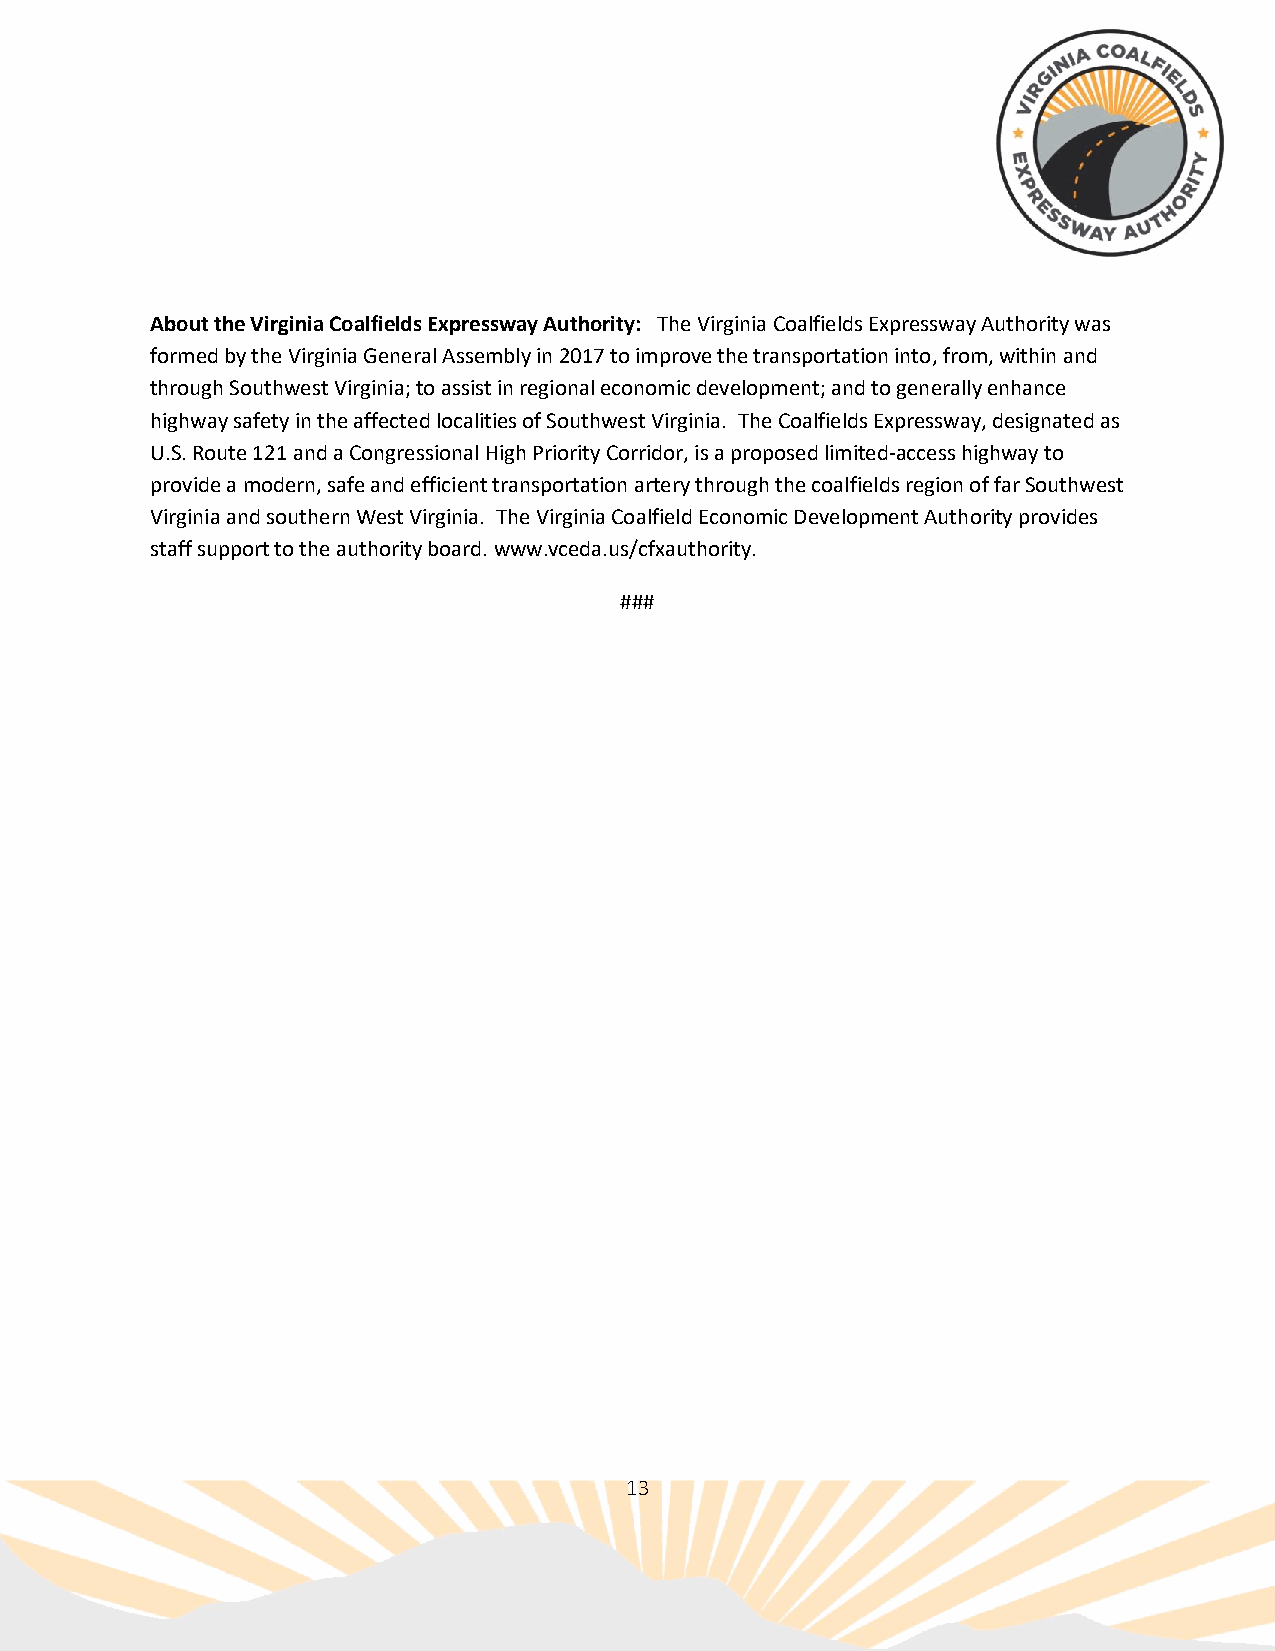
About the Virginia Coalfields Expressway Authority: The Virginia Coalfields Expressway Authority was
 formed by the Virginia General Assembly in 2017 to improve the transportation into, from, within and
 through Southwest Virginia; to assist in regional economic development; and to generally enhance
 highway safety in the affected localities of Southwest Virginia. The Coalfields Expressway, designated as
 U.S. Route 121 and a Congressional High Priority Corridor, is a proposed limited-access highway to
 provide a modern, safe and efficient transportation artery through the coalfields region of far Southwest
 Virginia and southern West Virginia. The Virginia Coalfield Economic Development Authority provides
 staff support to the authority board. www.vceda.us/cfxauthority.
 ###
 13